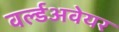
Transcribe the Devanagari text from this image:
वर्ल्डअवेयर